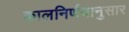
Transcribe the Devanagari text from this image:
कालनिर्णयानुसार